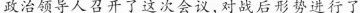
政治领导人召开了这次会议，对战后形势进行了